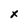
Character: x